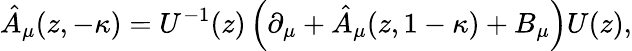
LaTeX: \hat{A}_{\mu}(z,-\kappa)=U^{-1}(z)\left(\partial_{\mu}+\hat{A}_{\mu}(z,1-\kappa)+B_{\mu}\right)U(z),